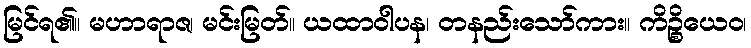
မြင်ရ၏။ မဟာရာဇ၊ မင်းမြတ်။ ယထာဝါပန၊ တနည်းသော်ကား။ ကိဉ္စိယေဝ၊